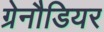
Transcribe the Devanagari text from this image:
ग्रेनौडियर